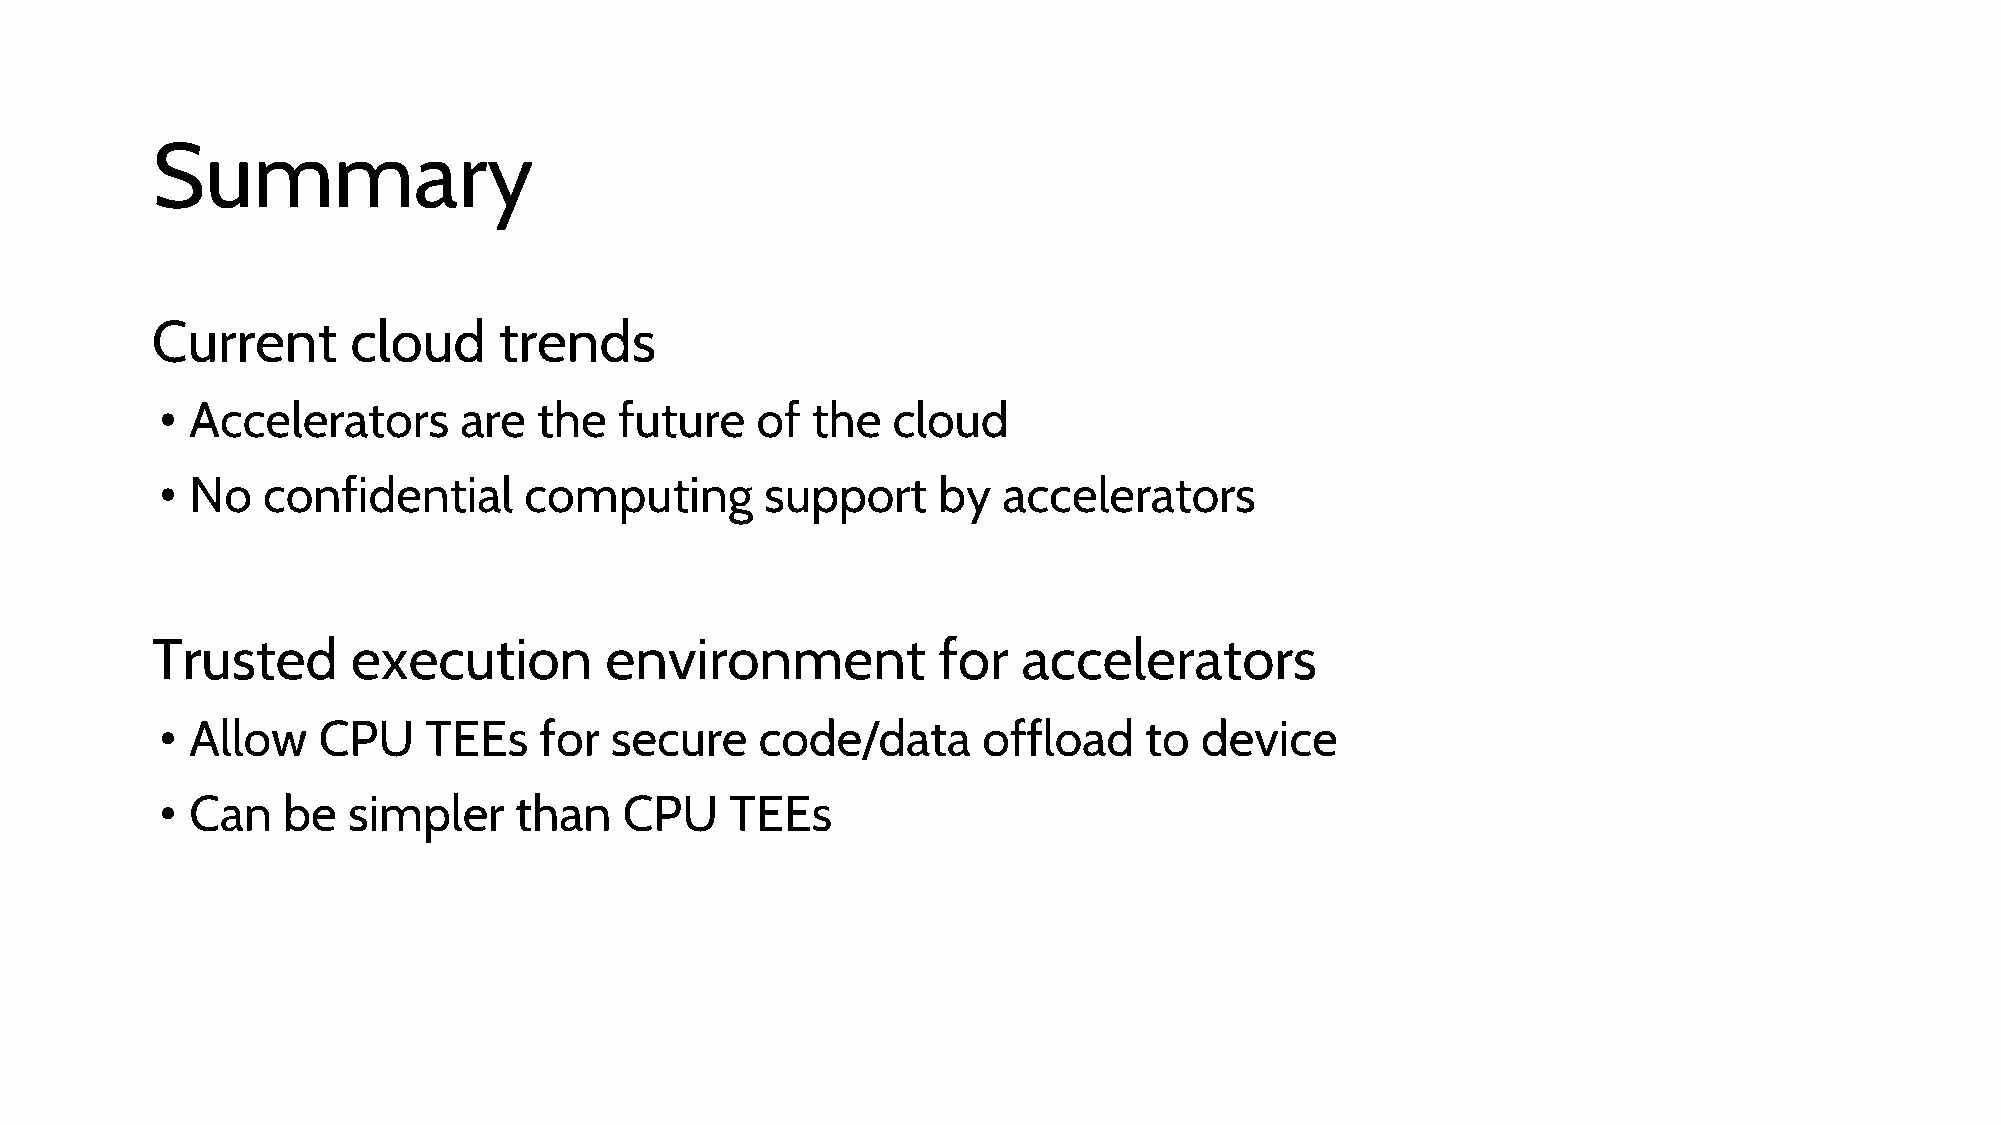
Summary
 Current      cloud     trends
 • Accelerators     are   the  future   of  the  cloud
 • No  confidential      computing       support    by  accelerators
 Trusted      execution        environment           for   accelerators
 • Allow   CPU    TEEs    for secure    code/data      offload    to device
 • Can   be  simpler    than   CPU    TEEs